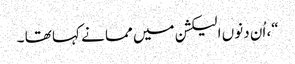
“، اُن دنوں الیکشن میں مما نے کہا تھا ۔